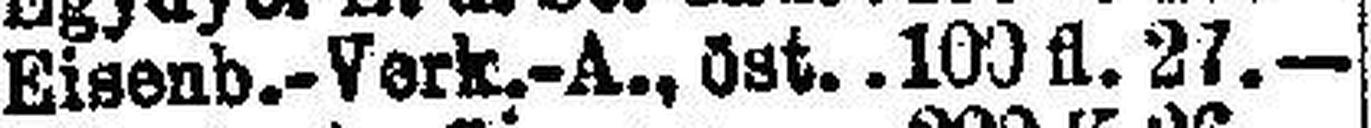
Eisenb.-Verk.-A., öst 100 fl. 27.—